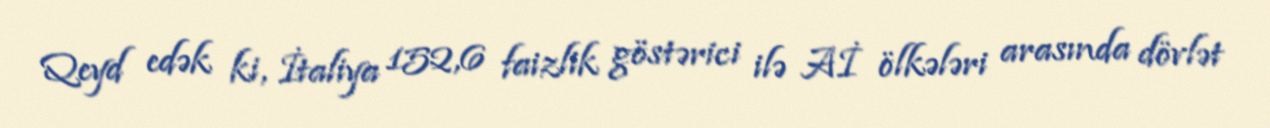
Qeyd edək ki, İtaliya 152,6 faizlik göstərici ilə Aİ ölkələri arasında dövlət